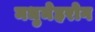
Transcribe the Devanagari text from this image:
मधुमेहरोग